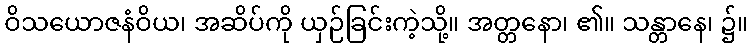
ဝိသယောဇနံဝိယ၊ အဆိပ်ကို ယှဉ်ခြင်းကဲ့သို့။ အတ္တနော၊ ၏။ သန္တာနေ၊ ၌။